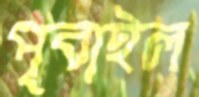
পূবাইল